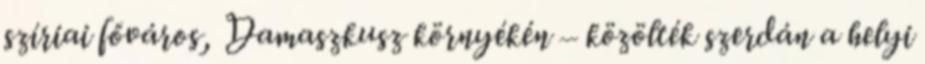
szíriai főváros, Damaszkusz környékén – közölték szerdán a helyi